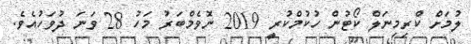
ލުމަށް ކްރިމިނަލް ކޯޓުން ހުކުމްކުރީ 2019 ނޮވެމްބަރު މަހު 28 ވަނަ ދުވަހުއެވެ.